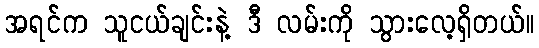
အရင်က သူငယ်ချင်းနဲ့ ဒီ လမ်းကို သွားလေ့ရှိတယ်။